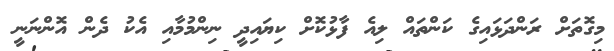
މިގޮތަށް ރަންދަޅައިގެ ކަންތައް ލިއެ ފާޅުކޮށް ކިޔައިދީ ނިންމުމާއި އެކު ދެން އޮންނަނީ